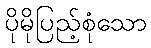
ပိုမိုပြည့်စုံသော